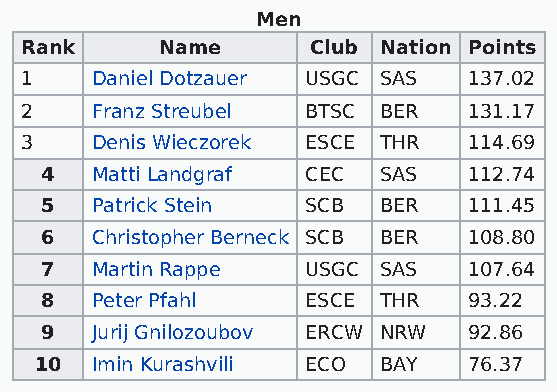
Men
 Rank      Name      Club Nation Points
 1    Daniel Dotzauer USGC SAS 137.02
 2    Franz Streubel BTSC BER  131.17
 3    Denis Wieczorek ESCE THR 114.69
 4  Matti Landgraf CEC SAS   112.74
 5  Patrick Stein SCB  BER   111.45
 6  Christopher Berneck SCB BER 108.80
 7  Martin Rappe  USGC SAS   107.64
 8  Peter Pfahl   ESCE THR   93.22
 9  Jurij Gnilozoubov ERCW NRW 92.86
 10  Imin Kurashvili ECO BAY  76.37